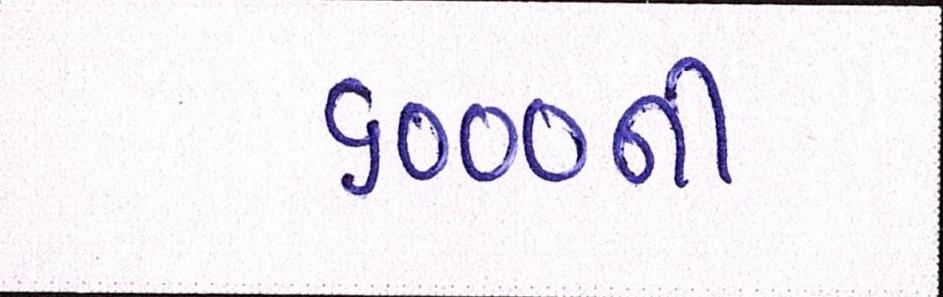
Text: ૬૦૦૦ની